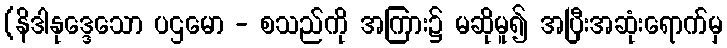
(နိဒါနုဒ္ဒေသော ပဌမော - စသည်ကို အကြား၌ မဆိုမူ၍ အပြီးအဆုံးရောက်မှ